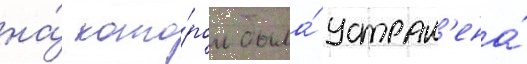
на́ кото́ром была́ устран'ена́